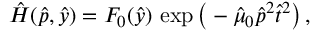
\hat { H } ( \hat { p } , \hat { y } ) = F _ { 0 } ( \hat { y } ) \, \exp \big ( - \hat { \mu } _ { 0 } \hat { p } ^ { 2 } \hat { t } ^ { 2 } \big ) \, ,